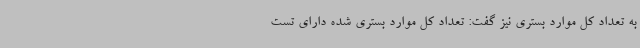
به تعداد کل موارد بستری نیز گفت: تعداد کل موارد بستری شده دارای تست